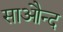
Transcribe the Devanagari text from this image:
साऔन्द